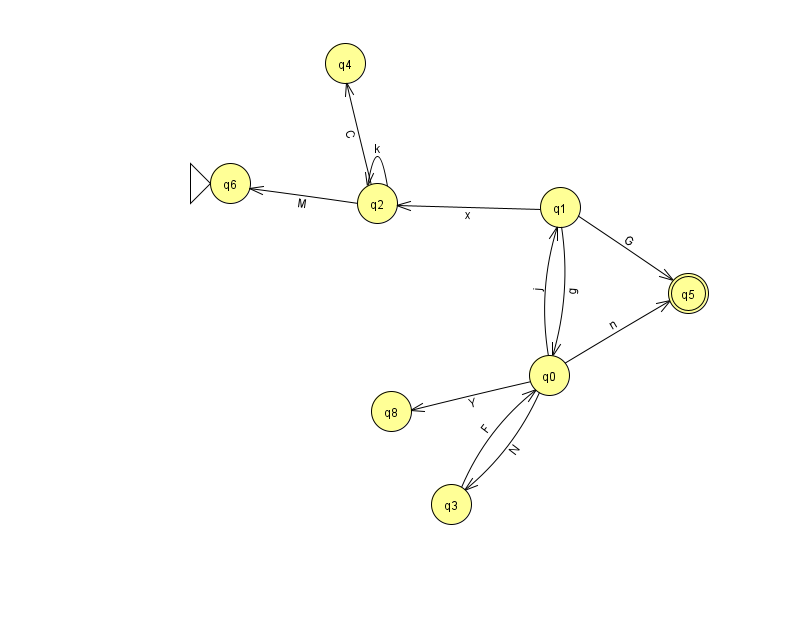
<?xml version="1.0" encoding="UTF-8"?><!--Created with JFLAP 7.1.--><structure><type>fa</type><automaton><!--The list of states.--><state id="0" name="q0"><x>549.0</x><y>362.0</y></state><state id="1" name="q1"><x>560.0</x><y>194.0</y></state><state id="2" name="q2"><x>377.0</x><y>190.0</y></state><state id="3" name="q3"><x>451.0</x><y>491.0</y></state><state id="4" name="q4"><x>345.0</x><y>50.0</y></state><state id="5" name="q5"><x>688.0</x><y>280.0</y><final/></state><state id="6" name="q6"><x>230.0</x><y>170.0</y><initial/></state><state id="8" name="q8"><x>391.0</x><y>398.0</y></state><!--The list of transitions.--><transition><from>0</from><to>3</to><read>N</read></transition><transition><from>0</from><to>1</to><read>j</read></transition><transition><from>2</from><to>6</to><read>M</read></transition><transition><from>0</from><to>8</to><read>Y</read></transition><transition><from>0</from><to>5</to><read>n</read></transition><transition><from>3</from><to>0</to><read>F</read></transition><transition><from>1</from><to>0</to><read>g</read></transition><transition><from>2</from><to>2</to><read>k</read></transition><transition><from>2</from><to>4</to><read>C</read></transition><transition><from>1</from><to>5</to><read>G</read></transition><transition><from>1</from><to>2</to><read>x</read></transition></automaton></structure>